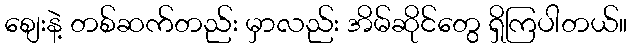
စျေးနဲ့ တစ်ဆက်တည်း မှာလည်း အိမ်ဆိုင်တွေ ရှိကြပါတယ်။